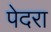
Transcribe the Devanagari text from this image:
पेदरा